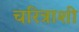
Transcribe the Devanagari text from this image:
चरित्राशी